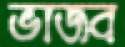
ভাজব